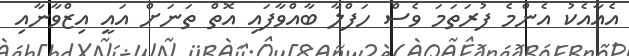
އެއާއެކު އެންމެ ފުރަތަމަ ވެސް ހަފްލާ ބާއްވާފައި އޮތް ތަނަށް އައީ އިޒްވާނާއި